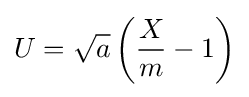
U={\sqrt {a}}\left({\frac {X}{m}}-1\right)